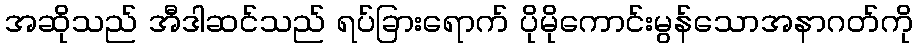
အဆိုသည် အီဒါဆင်သည် ရပ်ခြားရောက် ပိုမိုကောင်းမွန်သောအနာဂတ်ကို